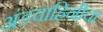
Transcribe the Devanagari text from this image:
अंडवाहिनीचा